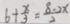
6 + \frac { x } { 3 } = \frac { 8 - 2 x } { 2 }